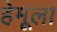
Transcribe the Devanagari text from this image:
हेमूला